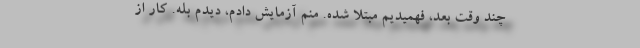
چند وقت بعد، فهمیدیم مبتلا شده. منم آزمایش دادم، دیدم بله. کار از